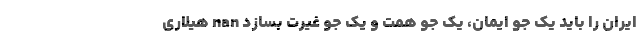
ایران را باید یک جو ایمان، یک جو همت و یک جو غیرت بسازد nan هیلاری